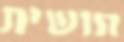
חושית